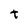
Character: t